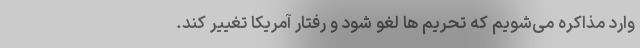
وارد مذاکره می‌شویم که تحریم ها لغو شود و رفتار آمریکا تغییر کند.